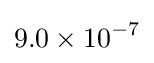
9.0\times 10^{-7}